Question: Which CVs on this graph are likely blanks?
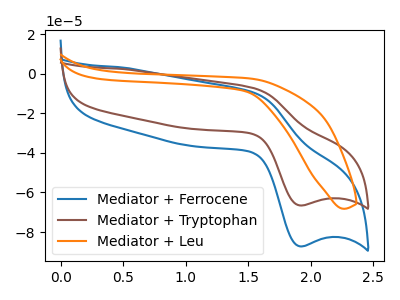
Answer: <think>The blue curve "Mediator + Ferrocene" has an anodic peak at (1.55V, -9.65uA) and a cathodic peak at (1.90V, -87.25uA). The brown curve "Mediator + Tryptophan" has an anodic peak at (1.55V, -7.35uA) and a cathodic peak at (1.90V, -66.55uA). The orange curve "Mediator + Leu" has no peaks.</think>
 <answer>"Mediator + Leu" is likely to be a blank.</answer>
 <eval>Mediator + Leu</eval>